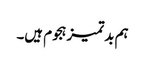
ہم بدتمیز ہجوم ہیں۔